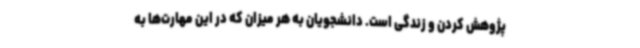
پژوهش کردن و زندگی است. دانشجویان به هر میزان که در این مهارت‌ها به